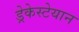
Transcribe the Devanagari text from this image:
ड्रेकेस्टेयान